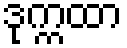
ဒုက္ကထာ